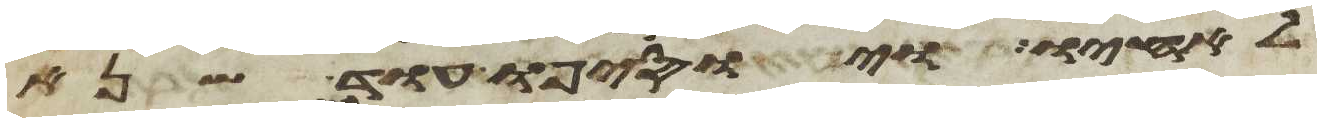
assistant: לאחיו ויוסיפו עוד שנא